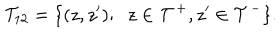
{ \cal T } _ { 1 2 } = \{ ( z , z ^ { \prime } ) ; \; \; z \in { \cal T } ^ { + } , z ^ { \prime } \in { \cal T } ^ { - } \} .